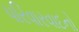
પરિવારવાદનો